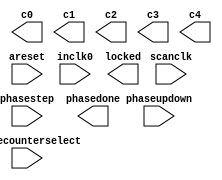
module ddr_phy_alt_mem_phy_pll (
	areset,
	inclk0,
	phasecounterselect,
	phasestep,
	phaseupdown,
	scanclk,
	c0,
	c1,
	c2,
	c3,
	c4,
	locked,
	phasedone);

	input	  areset;
	input	  inclk0;
	input	[2:0]  phasecounterselect;
	input	  phasestep;
	input	  phaseupdown;
	input	  scanclk;
	output	  c0;
	output	  c1;
	output	  c2;
	output	  c3;
	output	  c4;
	output	  locked;
	output	  phasedone;
`ifndef ALTERA_RESERVED_QIS
// synopsys translate_off
`endif
	tri0	  areset;
	tri0	[2:0]  phasecounterselect;
	tri0	  phasestep;
	tri0	  phaseupdown;
`ifndef ALTERA_RESERVED_QIS
// synopsys translate_on
`endif

endmodule